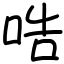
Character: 哠